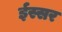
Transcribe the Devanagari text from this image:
ईस्सर